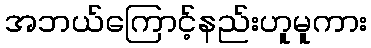
အဘယ်ကြောင့်နည်းဟူမူကား